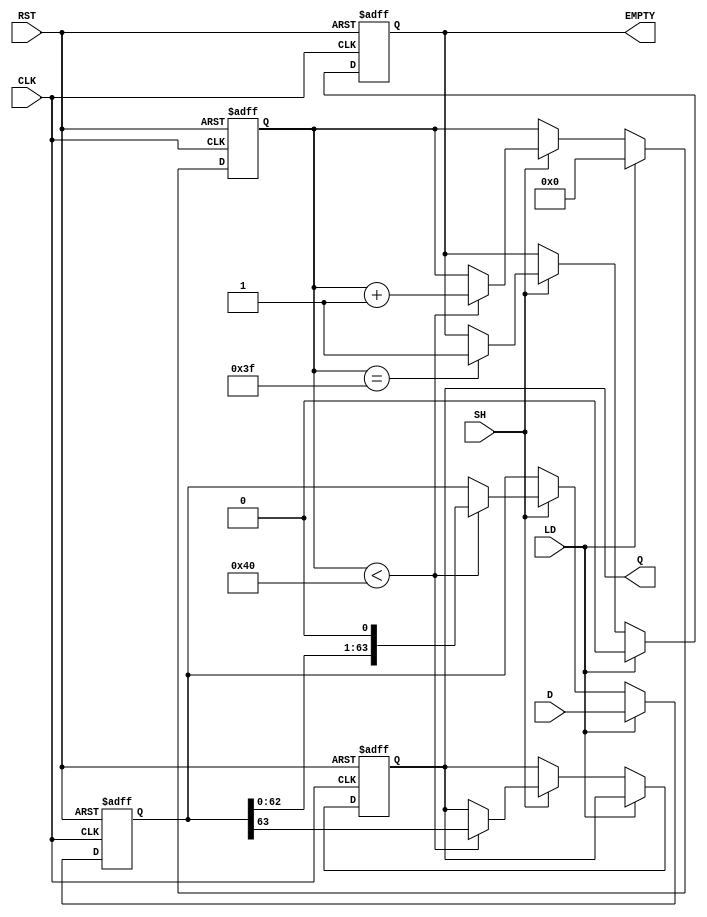
module PISO_Register (
    input wire [63:0] D,      // 64-bit input data
    input wire LD,            // Load control signal
    input wire SH,            // Shift control signal
    input wire CLK,           // Clock signal
    input wire RST,           // Asynchronous reset signal
    output reg Q,             // Serial output
    output reg EMPTY          // Empty signal
);

    reg [63:0] shift_reg;     // 64-bit shift register
    reg [6:0] count;          // Counter for shifted bits

    // Asynchronous reset
    always @(posedge CLK or posedge RST) begin
        if (RST) begin
            shift_reg <= 64'b0; // Clear the shift register
            count <= 7'b0;      // Reset the counter
            Q <= 1'b0;          // Clear the serial output
            EMPTY <= 1'b1;      // Set EMPTY signal
        end else begin
            if (LD) begin
                shift_reg <= D;  // Load data into shift register
                count <= 7'b0;   // Reset counter
                EMPTY <= 1'b0;   // Register is not empty
            end else if (SH) begin
                if (count < 64) begin
                    Q <= shift_reg[63]; // Output the MSB
                    shift_reg <= {shift_reg[62:0], 1'b0}; // Shift left
                    count <= count + 1; // Increment count
                end
                if (count == 63) begin
                    EMPTY <= 1'b1; // Set EMPTY signal when all bits shifted out
                end
            end
        end
    end

endmodule